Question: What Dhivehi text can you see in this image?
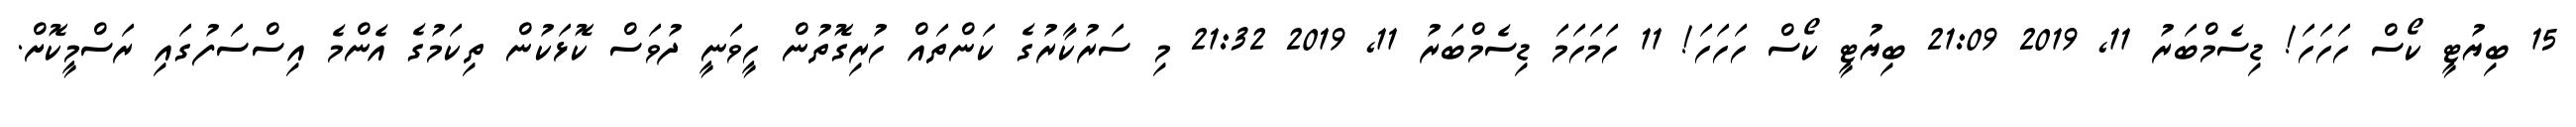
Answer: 15 ބިޔުޓީ ކޯސް ހަހަހަ! ޑިސެމްބަރު 11, 2019 21:09 ބިޔުޓީ ކޯސް ހަހަހަ! 11 ހަމަހަމަ ޑިސެމްބަރު 11, 2019 21:32 މި ސަރުކާރުގެ ކަންތައް ހުރިގޮތުން ހީވަނީ ދުވަސް ކޮޅަކުން ތިކަމުގެ އެންމެ އިސްސަފުގައި ރަސްމީކޮށް.